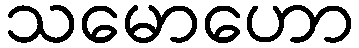
သမောဟော